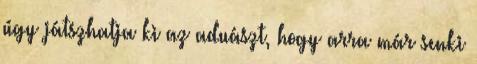
úgy játszhatja ki az aduászt, hogy arra már senki